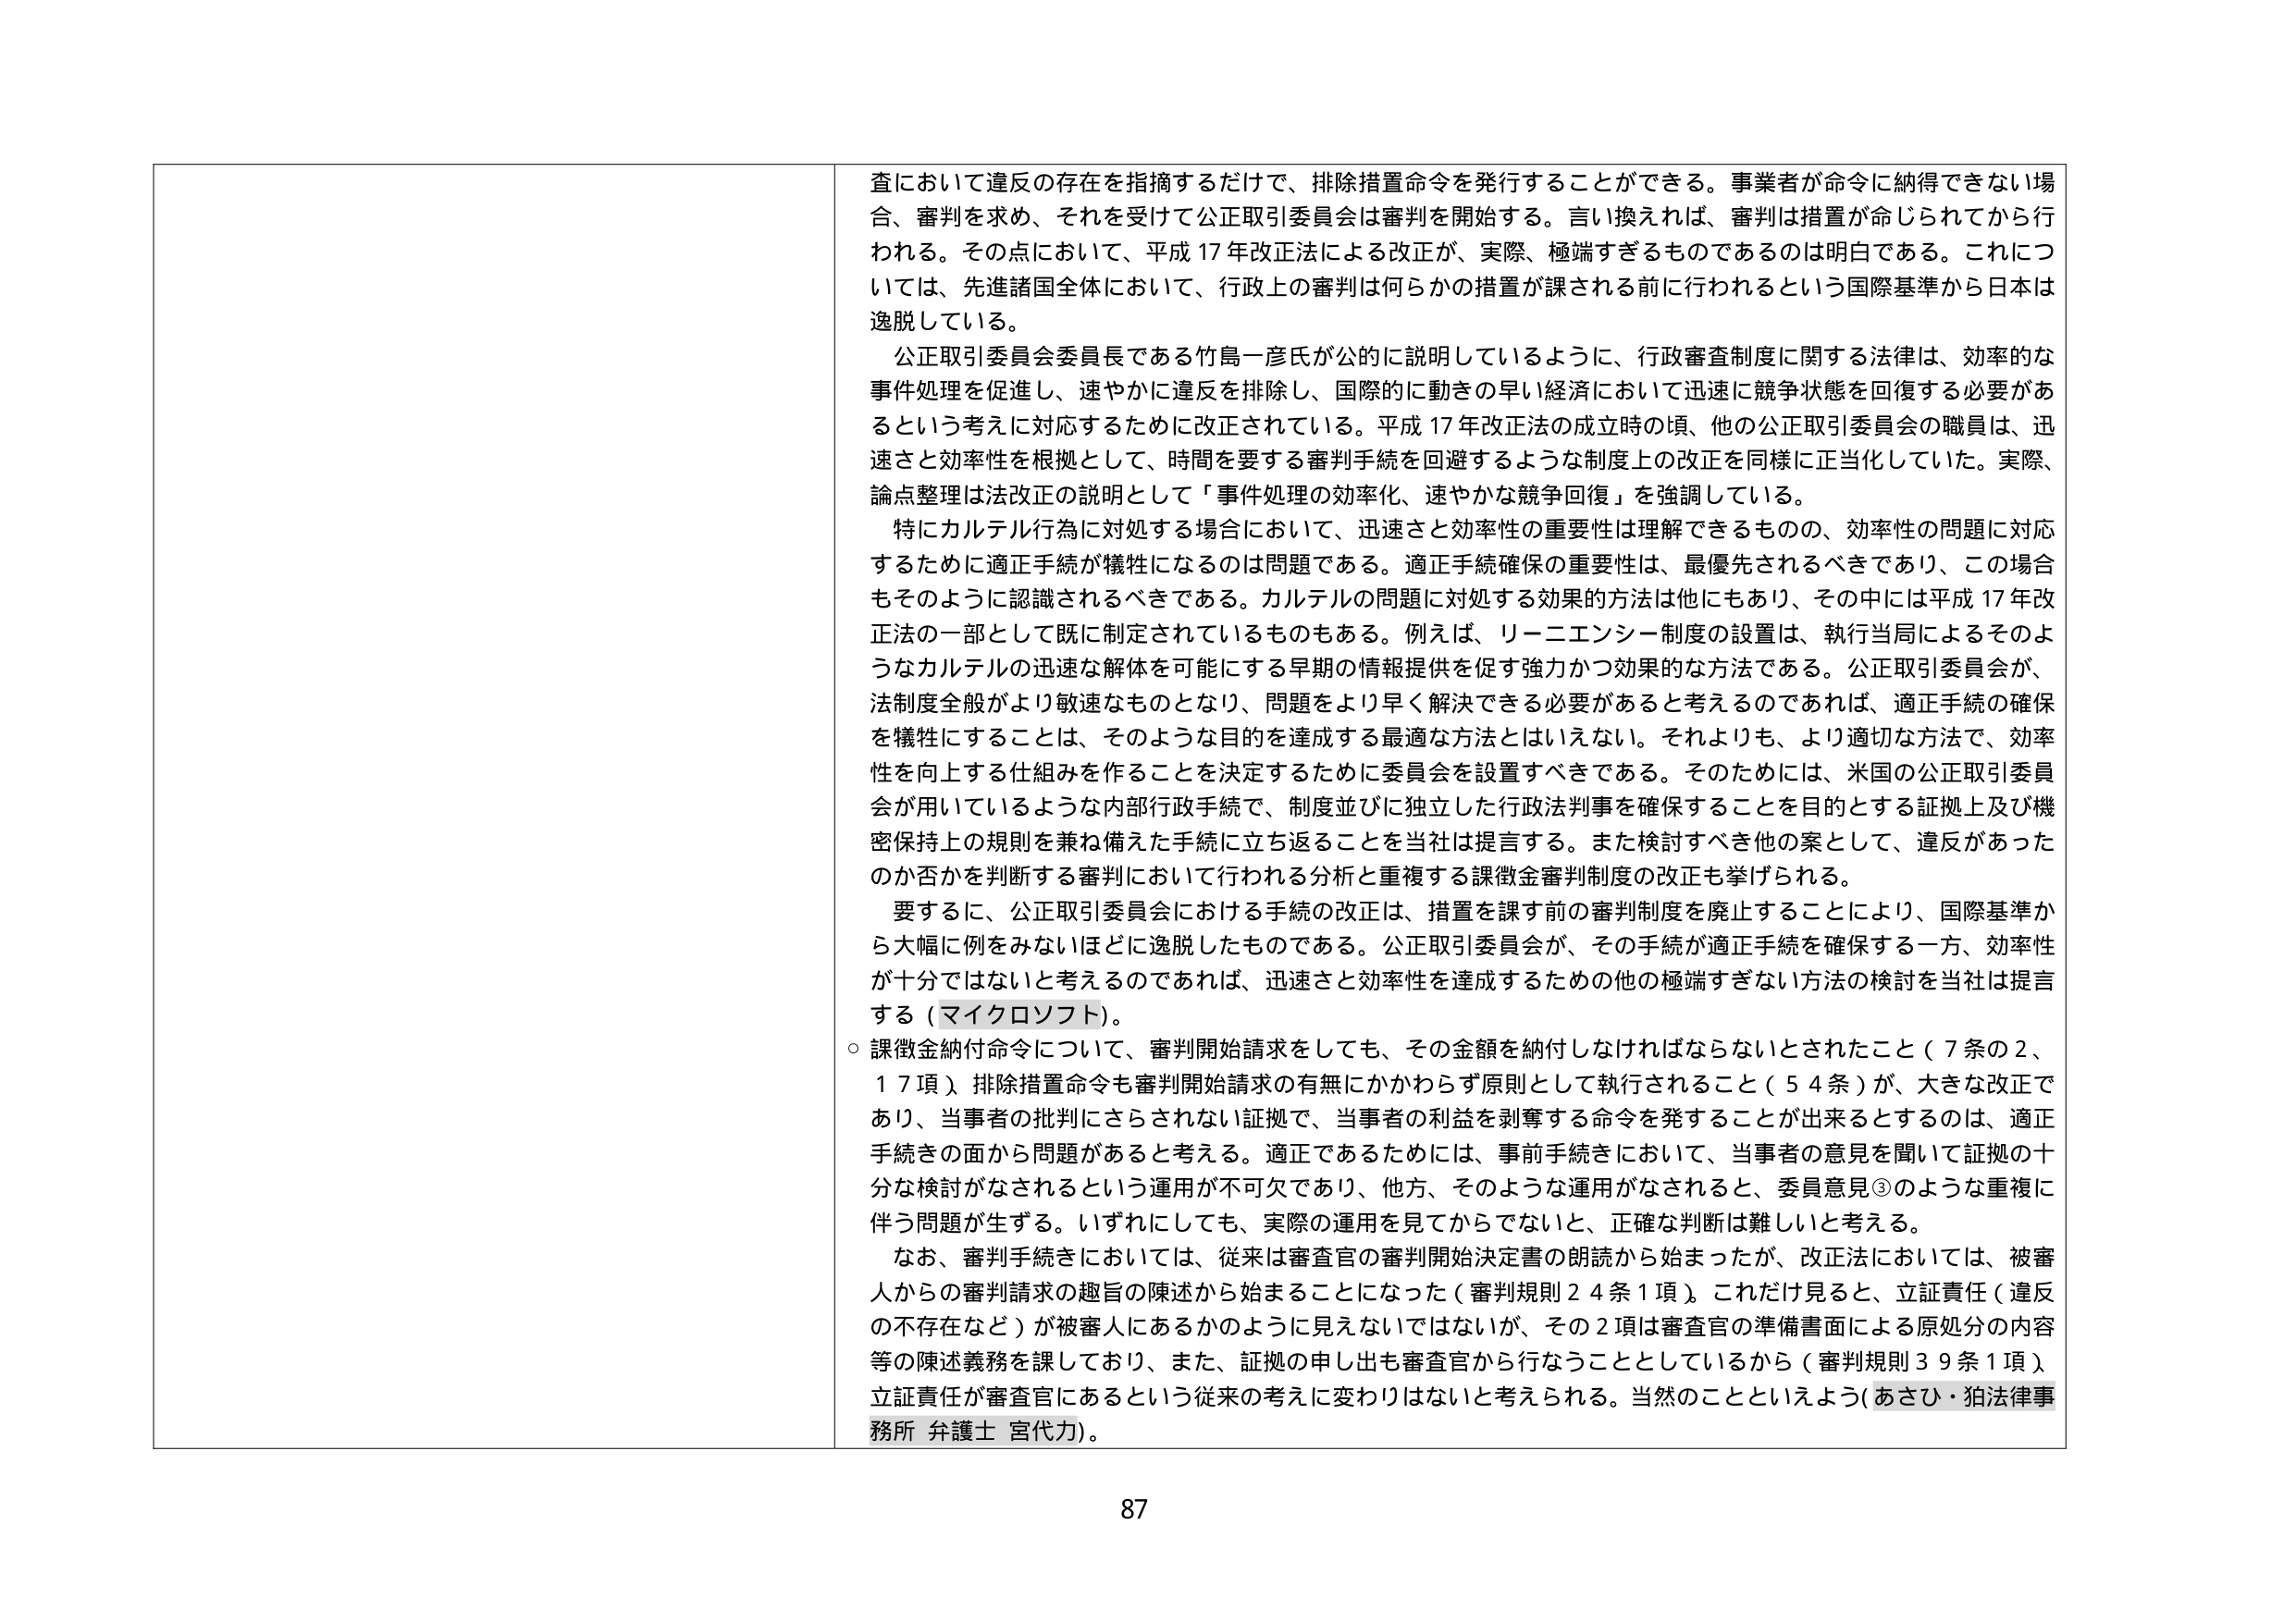
査において違反の存在を指摘するだけで、排除措置命令を発行することができる。事業者が命令に納得できない場合、審判を求め、それを受けて公正取引委員会は審判を開始する。言い換えれば、審判は措置が命じられてから行われる。その点において、平成17年改正法による改正が、実際、極端すぎるものであるのは明白である。これについては、先進諸国全体において、行政上の審判は何かの措置が課される前に行われるという国際基準から日本は逸脱している。

公正取引委員会委員長である竹島一彦氏が公的に説明しているように、行政審査制度に関する法律は、効率的な事件処理を促進し、速やかに違反を排除し、国際的に動きの早い経済において迅速に競争状態を回復する必要があるという考えに対応するために改正されている。平成17年改正法の成立時の頃、他の公正取引委員会の職員は、迅速さと効率性を根拠として、時間を要する審判手続を回避するような制度上の改正を同様に正当化していた。実際、論点整理は法改正の説明として「事件処理の効率化、速やかな競争回復」を強調している。

特にカルテル行為に対処する場合において、迅速さと効率性の重要性は理解できるものの、効率性の問題に対応するために適正手続が犠牲になるのは問題である。適正手続確保の重要性は、最優先されるべきであり、この場合もそのように認識されるべきである。カルテルの問題に対処する効果的方法は他にもあり、その中には平成17年改正法の一部として既に制定されているものもある。例えば、リーニエンシー制度の設置は、執行当局によるそのようなカルテルの迅速な解体を可能にする早期の情報提供を促す強力かつ効果的な方法である。公正取引委員会が、法制度全般がより敏速なものとなり、問題をより早く解決できる必要があると考えるのであれば、適正手続の確保を犠牲にすることは、そのような目的を達成する最適な方法とはいえない。それよりも、より適切な方法で、効率性を向上する仕組みを作ることを決定するために委員会を設置すべきである。そのためには、米国の公正取引委員会が用いているような内部行政手続で、制度並びに独立した行政法判事を確保することを目的とする証拠上及び機密保持上の規則を兼ね備えた手続に立ち返ることを当社は提言する。また検討すべき他の案として、違反があったのか否かを判断する審判において行われる分析と重複する課徴金審判制度の改正も挙げられる。

要するに、公正取引委員会における手続の改正は、措置を課す前の審判制度を廃止することにより、国際基準から大幅に例をみないほどに逸脱したものである。公正取引委員会が、その手続が適正手続を確保する一方、効率性が十分ではないと考えるのであれば、迅速さと効率性を達成するための他の極端すぎない方法の検討を当社は提言する（マイクロソフト）。

○ 課徴金納付命令について、審判開始請求をしても、その金額を納付しなければならないとされたこと（7条の2、17項）、排除措置命令も審判開始請求の有無にかかわらず原則として執行されること（54条）が、大きな改正であり、当事者の批判にさらされない証拠で、当事者の利益を剥奪する命令を発することが出来るとするのは、適正手続きの面から問題があると考える。適正であるためには、事前手続きにおいて、当事者の意見を聞いて証拠の十分な検討がなされるという運用が不可欠であり、他方、そのような運用がなされると、委員意見③のような重複に伴う問題が生ずる。いずれにしても、実際の運用を見てからでないと、正確な判断は難しいと考える。

なお、審判手続きにおいては、従来は審査官の審判開始決定書の朗読から始まったが、改正法においては、被審人からの審判請求の趣旨の陳述から始まることになった（審判規則24条1項）。これだけ見ると、立証責任（違反の不存在など）が被審人にあるかのように見えないではないが、その2項は審査官の準備書面による原処分の内容等の陳述義務を課しており、また、証拠の申し出も審査官から行なうこととしているから（審判規則39条1項）、立証責任が審査官にあるという従来の考えに変わりはないと考えられる。当然のことといえよう（あさひ・狛法律事務所 弁護士 宮代力）。

87